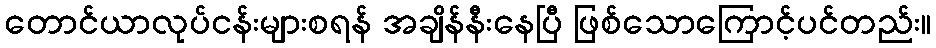
တောင်ယာလုပ်ငန်းများစရန် အချိန်နီးနေပြီ ဖြစ်သောကြောင့်ပင်တည်း။